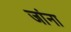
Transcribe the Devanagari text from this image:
जांना